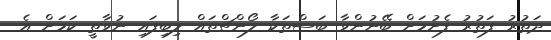
ދަތުރު ފަތުރު ފެށުމަށް ބޭނުންވާ ބަސްތަކާ ލޯންޗްތައް ލިބިފައި ނުވާތީ ކަމަށް އެ